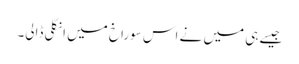
جیسے ہی میں نے اس سوراخ میں انگلی ڈالی۔